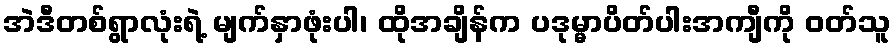
အဲဒီတစ်ရွာလုံးရဲ့ မျက်နှာဖုံးပါ၊ ထိုအချိန်က ပဒုမ္မာပိတ်ပါးအကျီကို ဝတ်သူ